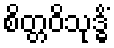
စိတ္တဝိသုဒ္ဓိံ